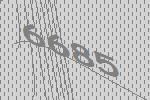
6685